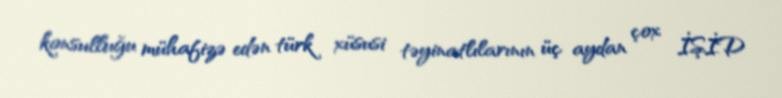
konsulluğu mühafizə edən türk xüsusi təyinatlılarının üç aydan çox İŞİD